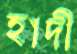
হাদী